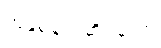
အနှစ်ချုပ်ဆိုရသော်